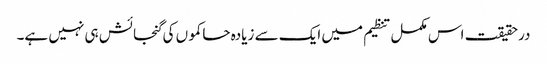
درحقیقت اس مکمل تنظیم میں ایک سے زیادہ حاکموں کی گنجائش ہی نہیں ہے۔